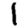
Digit: 1